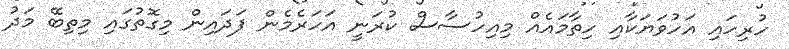
ހުރިހައި އަހުވަޔަކާއި ހިތާމައެއް މިއިހުސާސް ކުރަނީ އަހަރެމެން ފަދައިން މިގޮތުގައި މިތިބޭ މަދު